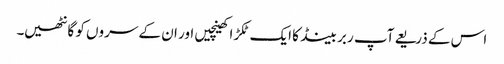
اس کے ذریعے آپ ربر بینڈ کا ایک ٹکڑا کھینچیں اور ان کے سروں کو گانٹھیں۔